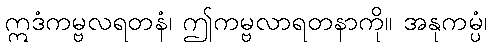
ဣဒံကမ္ဗလရတနံ၊ ဤကမ္ဗလာရတနာကို။ အနုကမ္ပံ၊